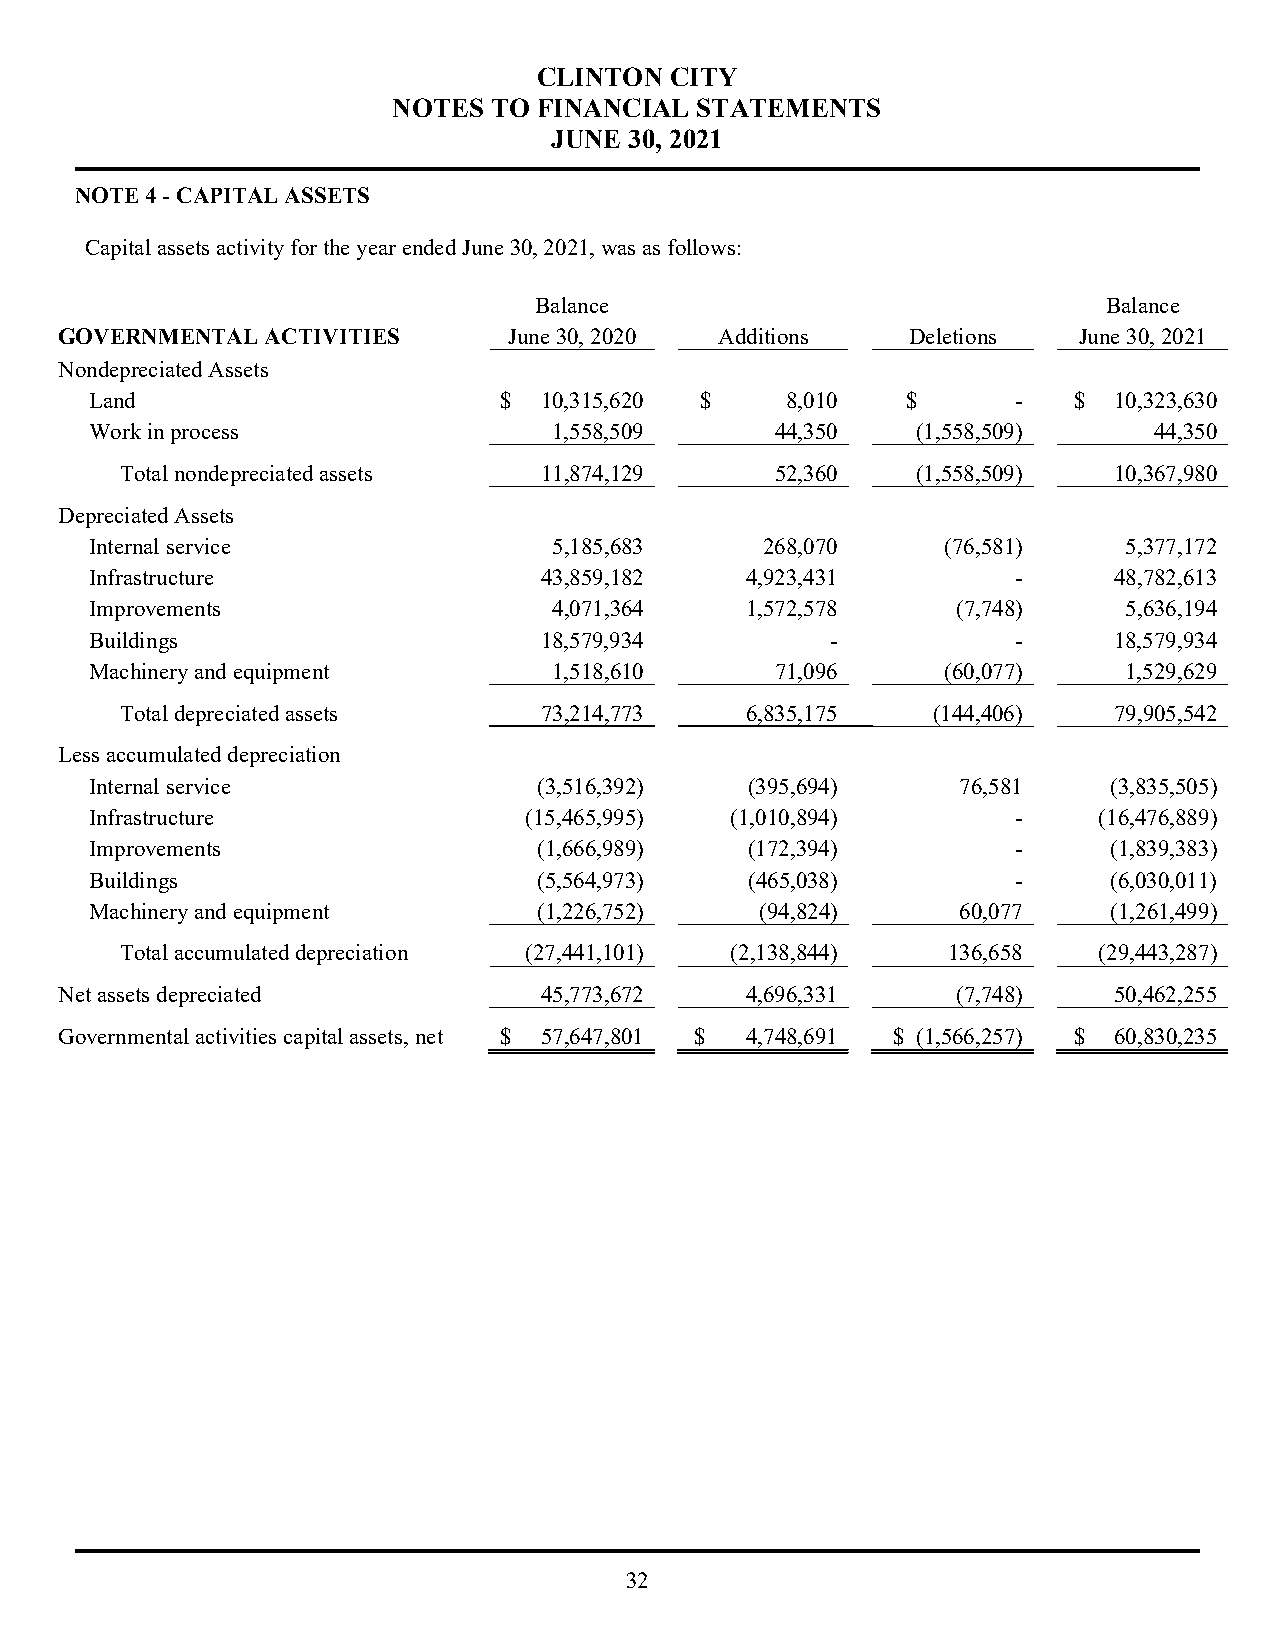
CLINTON CITY
 NOTES TO  FINANCIAL STATEMENTS
 JUNE  30, 2021
 NOTE 4 - CAPITAL ASSETS
 Capital assets activity for the year ended June 30, 2021, was as follows:
 Balance                               Balance
 GOVERNMENTAL  ACTIVITIES      June 30, 2020 Additions   Deletions  June 30, 2021
 Nondepreciated Assets
 Land                       $  10,315,620 $    8,010   $      -   $  10,323,630
 Work in process                1,558,509     44,350    (1,558,509)    44,350
 Total nondepreciated assets 11,874,129     52,360    (1,558,509)  10,367,980
 Depreciated Assets
 Internal service               5,185,683     268,070     (76,581)   5,377,172
 Infrastructure                43,859,182   4,923,431         -      48,782,613
 Improvements                   4,071,364   1,572,578     (7,748)    5,636,194
 Buildings                     18,579,934         -           -      18,579,934
 Machinery and equipment        1,518,610     71,096      (60,077)   1,529,629
 Total depreciated assets    73,214,773   6,835,175    (144,406)   79,905,542
 Less accumulated depreciation
 Internal service              (3,516,392)   (395,694)     76,581   (3,835,505)
 Infrastructure               (15,465,995) (1,010,894)        -     (16,476,889)
 Improvements                  (1,666,989)   (172,394)        -     (1,839,383)
 Buildings                     (5,564,973)   (465,038)        -     (6,030,011)
 Machinery and equipment       (1,226,752)   (94,824)      60,077   (1,261,499)
 Total accumulated depreciation (27,441,101) (2,138,844) 136,658  (29,443,287)
 Net assets depreciated          45,773,672   4,696,331     (7,748)    50,462,255
 Governmental activities capital assets, net $ 57,647,801 $ 4,748,691 $ (1,566,257) $ 60,830,235
 32